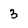
Character: 3